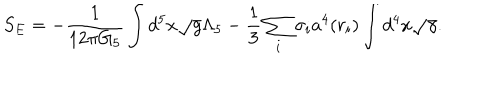
LaTeX: S _ { E } = - { \frac { 1 } { 1 2 \pi G _ { 5 } } } \int d ^ { 5 } x \sqrt { g } \Lambda _ { 5 } - { \frac { 1 } { 3 } } \sum _ { i } \sigma _ { i } a ^ { 4 } ( r _ { i } ) \int d ^ { 4 } x \sqrt { \gamma } .